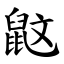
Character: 鼤